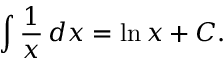
\int { \frac { 1 } { x } } \, d x = \ln x + C .